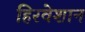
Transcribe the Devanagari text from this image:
हिरवेशान